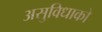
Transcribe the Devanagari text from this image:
असुविधाको